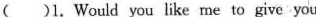
( )1.Would you like me to give you